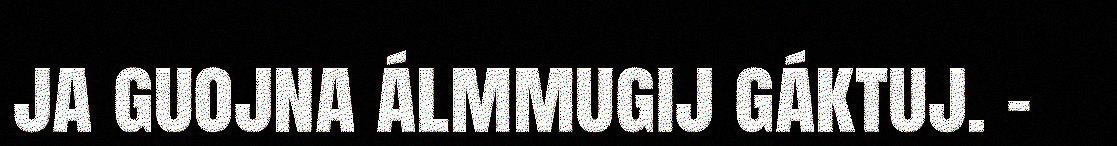
ja guojna álmmugij gáktuj. –